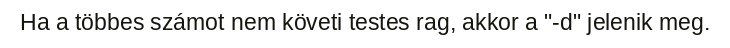
Ha a többes számot nem követi testes rag, akkor a "-d" jelenik meg.